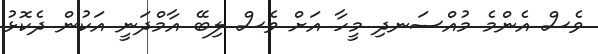
ވެސް އެންމެ މުއްސަނދި މީހާ އަށް ވެސް ލިބޭ އާމްދަނީ އަކުން ދެކޮޅު